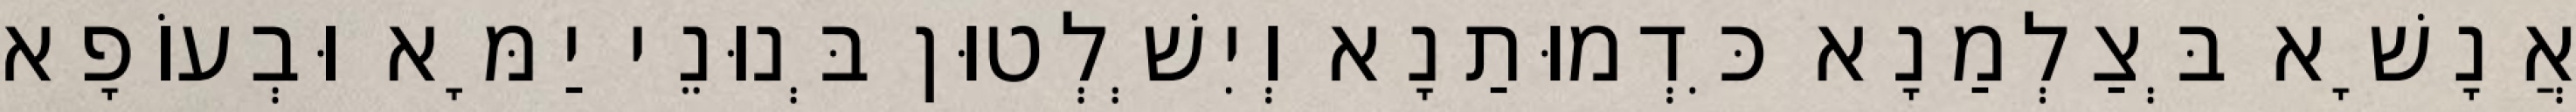
אֲנָשָׁא בְּצַלְמַנָא כִּדְמוּתַנָא וְיִשְׁלְטוּן בְּנוּנֵי יַמָּא וּבְעוֹפָא